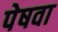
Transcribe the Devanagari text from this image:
पेषवा